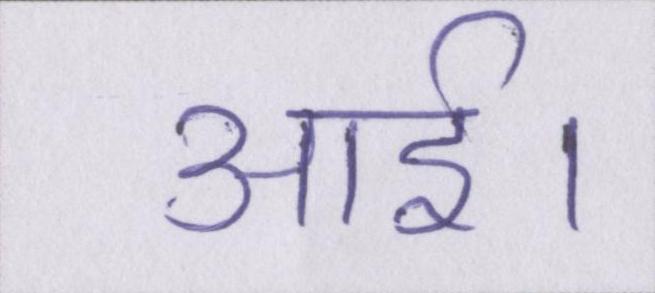
आई।